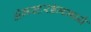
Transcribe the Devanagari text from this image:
अॅमस्टरडॅममध्ये